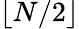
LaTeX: \lfloor N/2\rfloor